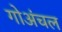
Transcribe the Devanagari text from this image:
गोअंचल